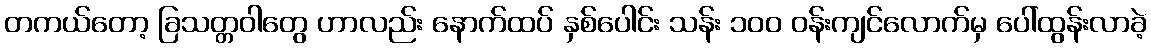
တကယ်တော့ ခြသတ္တဝါတွေ ဟာလည်း နောက်ထပ် နှစ်ပေါင်း သန်း ၁၀၀ ဝန်းကျင်လောက်မှ ပေါ်ထွန်းလာခဲ့